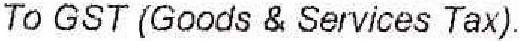
TO GST (GOODS & SERVICES TAX).